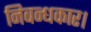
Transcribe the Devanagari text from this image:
निबन्धकार।